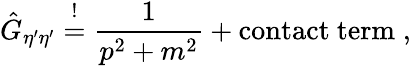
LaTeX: \hat{G}_{\eta^{\prime}\eta^{\prime}}\stackrel{!}{=}\frac{1}{p^{2}+m^{2}}+\mathrm{contact~term}\; ,